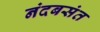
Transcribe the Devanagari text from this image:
नंदबसंत